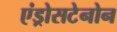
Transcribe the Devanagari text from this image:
एंड्रोसटेनोन